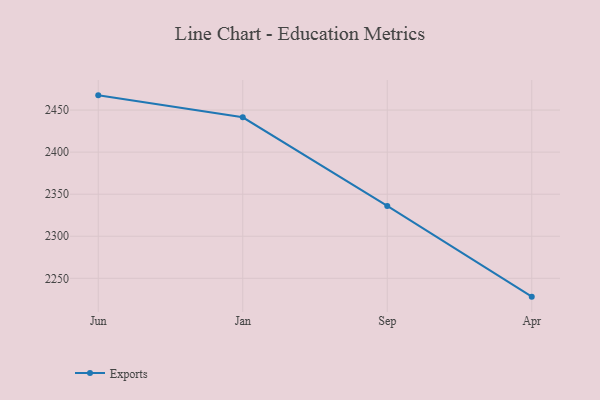
{"axis": {"x": "Month", "y": "Inventory Turnover"}, "legend": ["Exports"], "data": [{"x": "Jun", "y": 2467.5, "type": "Exports"}, {"x": "Jan", "y": 2441.4, "type": "Exports"}, {"x": "Sep", "y": 2336.1, "type": "Exports"}, {"x": "Apr", "y": 2228.2, "type": "Exports"}]}